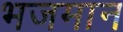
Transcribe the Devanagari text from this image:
भजमान